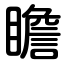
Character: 瞻